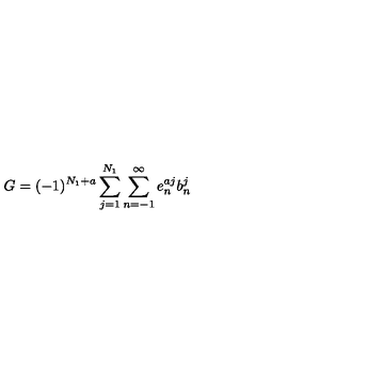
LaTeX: G = ( - 1 ) ^ { N _ { 1 } + a } \sum _ { j = 1 } ^ { N _ { 1 } } \sum _ { n = - 1 } ^ { \infty } e _ { n } ^ { a j } b _ { n } ^ { j }